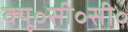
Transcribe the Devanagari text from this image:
क्यू॰सी॰सी॰